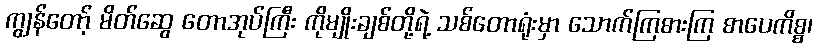
ကျွန်တော့် မိတ်ဆွေ တောအုပ်ကြီး ကိုမျိုးချစ်တို့ရဲ့ သစ်တောရုံးမှာ သောက်ကြစားကြ စာပေကိစ္စ၊